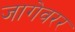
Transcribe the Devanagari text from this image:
जागेवरर